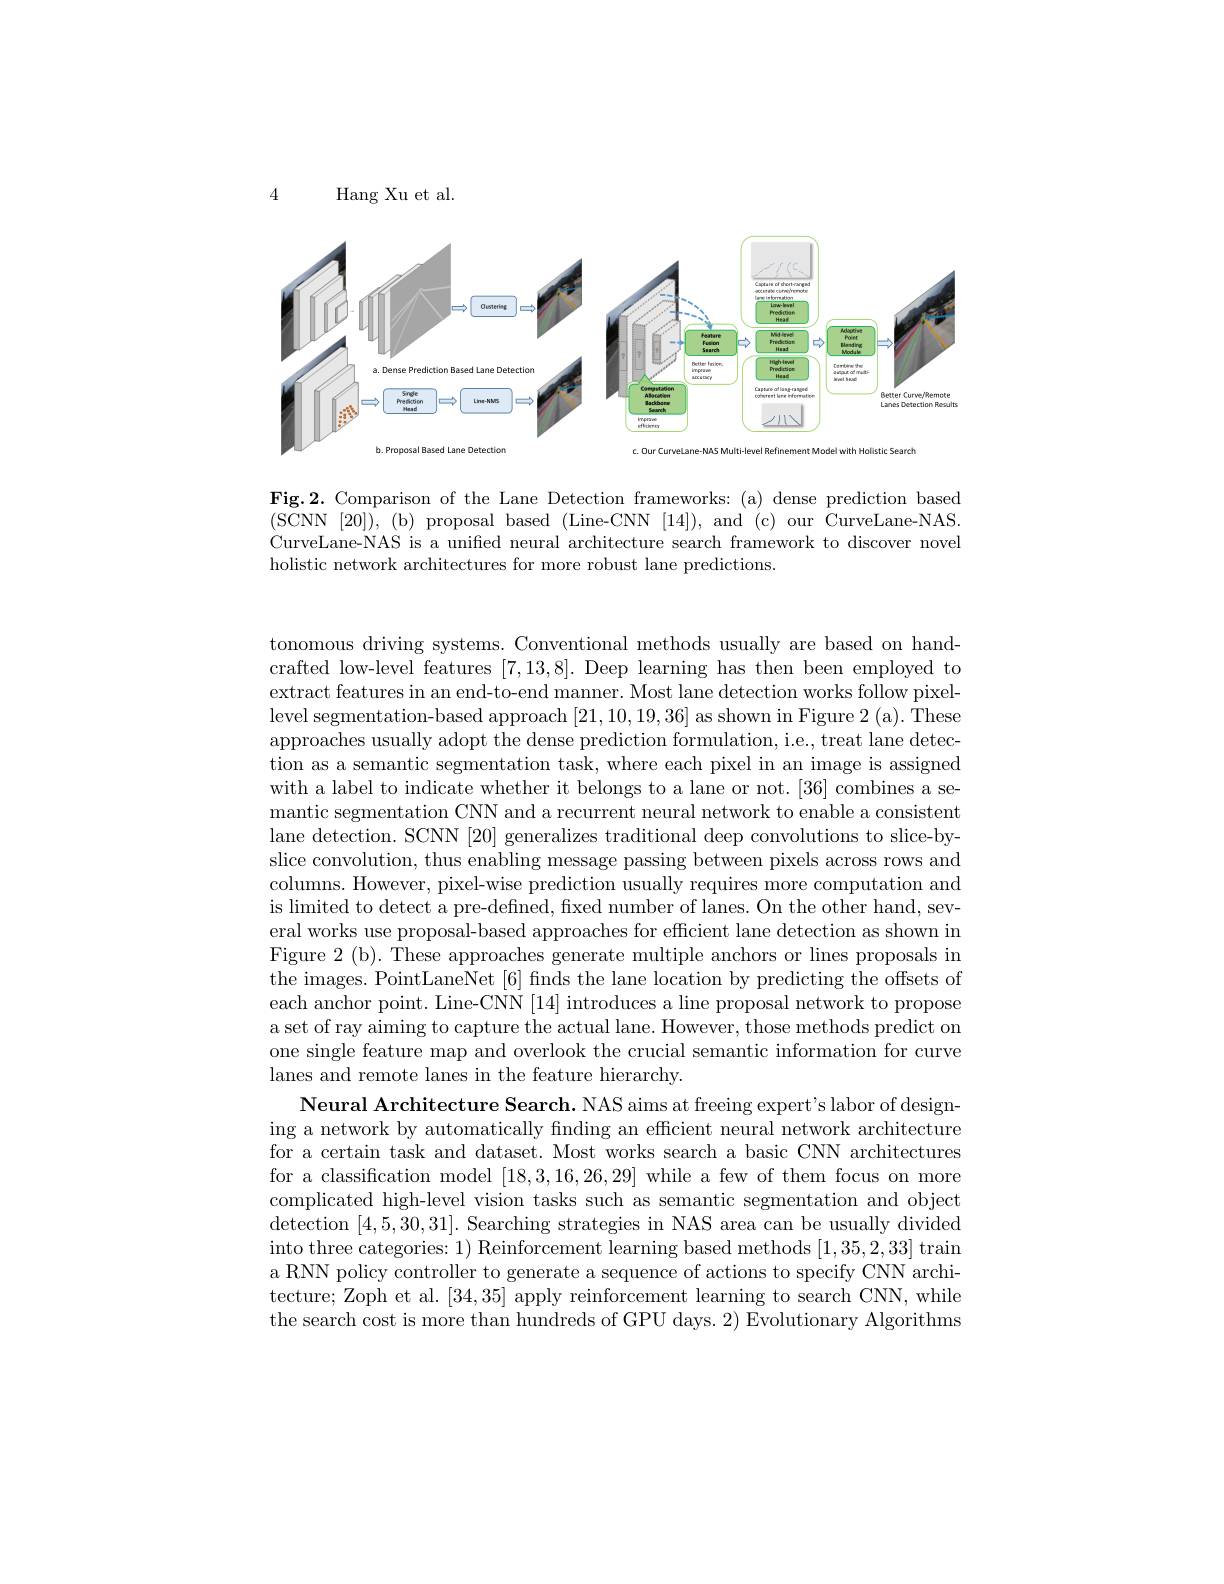
4

$\operatorname{Hang}$Xu et al.

<FigureHere>

Fig.2. Comparison of the Lane Detection frameworks: (a) dense prediction based (SCNN[20]),(b)proposalbased(Line-CNN[14]),and(c)our CurveLane-NAS. CurveLane-NAS is a unified neural architecture search framework to discover novel holistic network architectures for more robust lane predictions.

tonomous driving systems. Conventional methods usually are based on handcrafted low-level features [7,13,8]. Deep learning has then been employed to extract features in an end-to-end manner. Most lane detection works follow pixellevel segmentation-based approach [21,10,19,36] as shown in Figure 2 (a). These approaches usually adopt the dense prediction formulation, i.e., treat lane detection as a semantic segmentation task, where each pixel in an image is assigned with a label to indicate whether it belongs to a lane or not. [36] combines a semantic segmentation CNN and a recurrent neural network to enable a consistent lane detection. SCNN [20] generalizes traditional deep convolutions to slice-byslice convolution, thus enabling message passing between pixels across rows and columns. However, pixel-wise prediction usually requires more computation and is limited to detect a pre-defined, fixed number of lanes. On the other hand, several works use proposal-based approaches for efficient lane detection as shown in Figure 2(b). These approaches generate multiple anchors or lines proposals in the images. PointLaneNet [6] finds the lane location by predicting the offsets of each anchor point. Line-CNN [14] introduces a line proposal network to propose a set of ray aiming to capture the actual lane. However, those methods predict on one single feature map and overlook the crucial semantic information for curve lanes and remote lanes in the feature hierarchy.
Neural Architecture Search. NAS aims at freeing expert's labor of designing a network by automatically fnding an efficient neural network architecture for a certain task and dataset. Most works search a basic CNN architectures for a classification model [18,3,16,26,29] while a few of them focus on more complicated high-level vision tasks such as semantic segmentation and object detection [4,5,30,31]. Searching strategies in NAS area can be usually divided into three categories: 1) Reinforcement learning based methods [1,35,2,33] train a RNN policy controller to generate a sequence of actions to specify CNN architecture; Zoph et al. [34,35] apply reinforcement learning to search CNN, while the search cost is more than hundreds of GPU days. 2) Evolutionary Algorithms